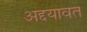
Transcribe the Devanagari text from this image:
अद्दयावत